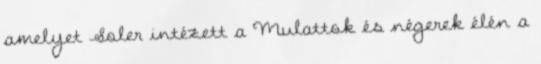
amelyet Soler intézett a Mulattok és négerek élén a